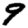
Digit: 9